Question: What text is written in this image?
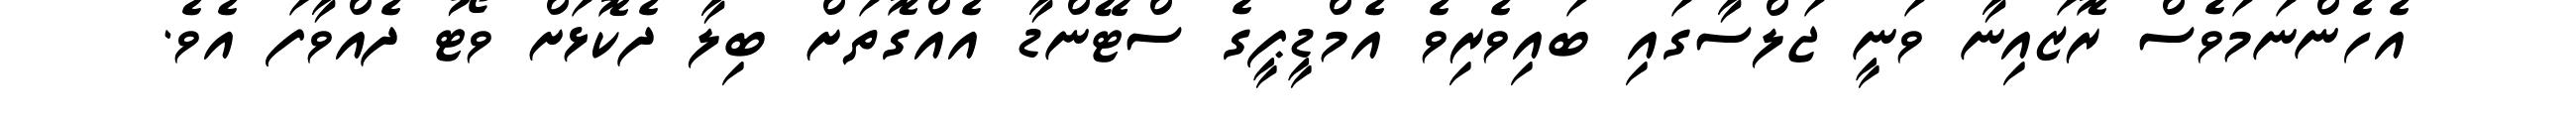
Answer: އެހެންނަމަވެސް ރޮޒައިނާ ވަނީ ޖަލްސާގައި ބައިވެރިވެ އެމްޑީޕީގެ ސްޓޭންޑާ އެއްގޮތަށް ބިލާ ދެކޮޅަށް ވޯޓު ދެއްވާފަ އެވެ.